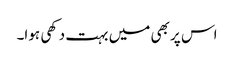
اس پر بھی میں بہت دکھی ہوا۔